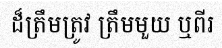
ដ៏ត្រឹមត្រូវ ត្រឹមមួយ ឬពីរ